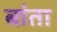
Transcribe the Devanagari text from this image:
बांता